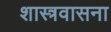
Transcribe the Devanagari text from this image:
शास्त्रवासना